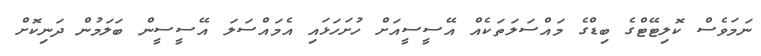
ނަމަވެސް ކޮލިޓޭޓްގެ ބިޑްގެ މައްސަލަތަކެއް އޭސީސީއަށް ހުށަހަޅައި އެމައްސަލަ އޭސީސީން ބަލަމުން ދަނިކޮށް